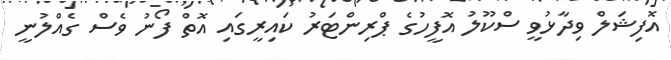
އޮފިޝަލް ވިދާޅުވީ ސްކޫލު އޮފީހުގެ ޕްރިންޓަރު ކައިރީގައި އޮތް ފޯނު ވެސް ގެއްލުނީ